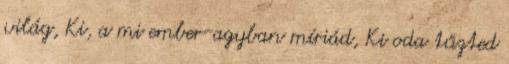
világ, Ki, a mi ember-agyban míriád, Ki oda tűzted